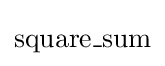
{\textstyle \operatorname {square\_sum} }